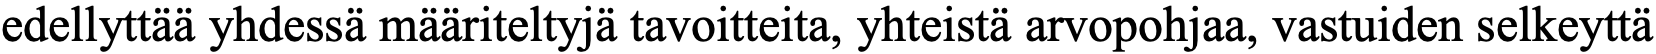
edellyttää yhdessä määriteltyjä tavoitteita, yhteistä arvopohjaa, vastuiden selkeyttä